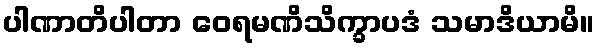
ပါဏာတိပါတာ ဝေရမဏိသိက္ခာပဒံ သမာဒိယာမိ။